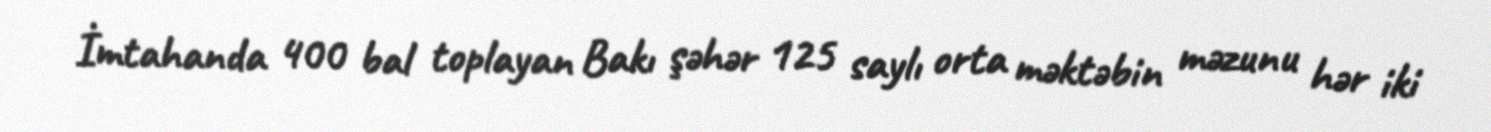
İmtahanda 400 bal toplayan Bakı şəhər 125 saylı orta məktəbin məzunu hər iki